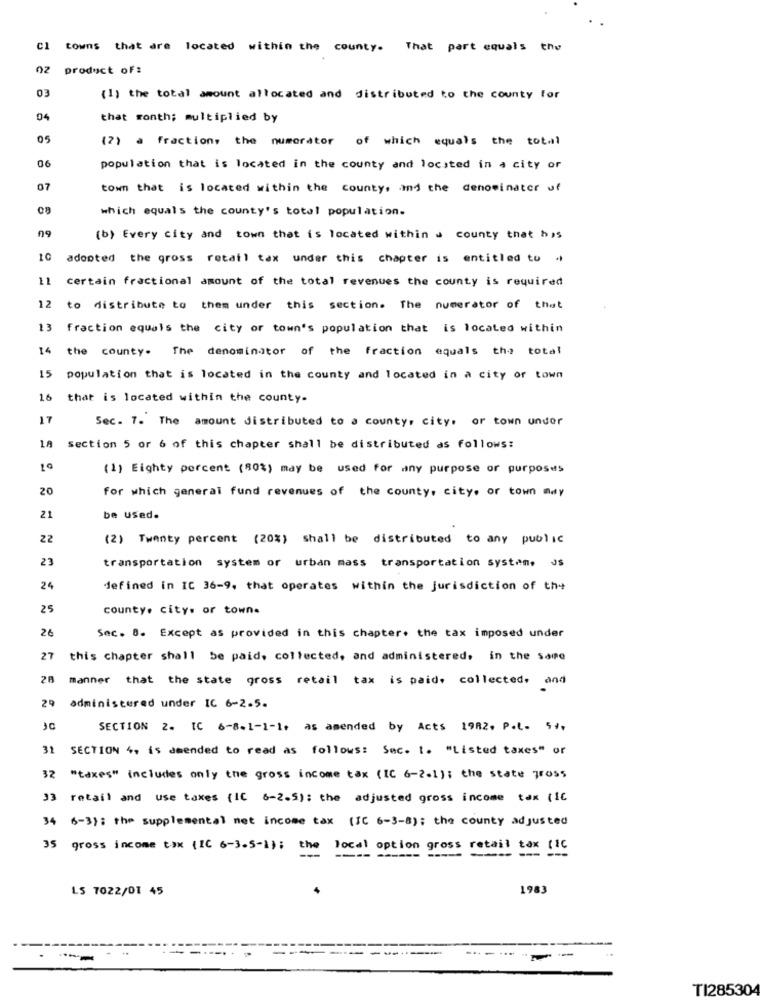
C1
towns that are located within the county. That part equals the
product of:
EO
(1) the total amount allocated and distributed to the county for
04
that month; multiplied by
05
(2) a fraction, the numerator
of which equals the total
06
population that is located in the county and located in a city or
07
town that is located within the county, and the denominator uf
which equals the county's total population.
(b) Every city and town that is located within a county that has
10
adopted the gross retail tax under this chapter is entitled to .
11
certain fractional amount of the total revenues the county is required
to distribute to them under this section. The numerator of that
13
fraction equals the city of town's population that is located within
14 the county. The denominator of the fraction equals the total
15 population that is located in the county and located in a city or town
16
that is located within the county-
17
Sec. 7. The amount distributed to a county, city. or town under
LA
Section 5 or 6 of this chapter shall be distributed as follows:
1ª
(1) Eighty percent (80%) may be used for any purpose or purposes
20
for which general fund revenues of the county, city, or town may
21
be used.
22
(2) Twenty percent (20%) shall be distributed to any public
23
transportation system or urban mass transportation system. Js
24
defined in IC 36-9, that operates within the jurisdiction of the
25
county. city. or town.
26
Sec. 8. Except as provided in this chapter. the tax imposed under
27
this chapter shall be paid, collected, and administered, in the same
26
manner that the state gross retail tax is paid, collected, and
29
administered under IC 6-2.5.
SECTION 2. IC 6-8-1-1-1, as amended by Acts 1982. P.L. 54,
31 SECTION 4, is deended to read as follows: Sec. t. "Listed taxes" or
32 "taxes" includes only the gross income tax (IC 6-2.1) ; the state gross
33 retail and use taxes (IC 8-2.5); the adjusted gross income tax ( 16
34 6-3) : the supplemental net income tax (IC 6-3-8): the county adjusted
35
gross income tax (IC 6-3-5-1); the local option gross retail tax (IC
---------
----
LS 7022/01 45
1983
--
TI28530